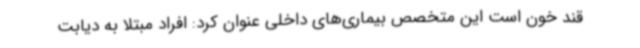
قند خون است این متخصص بیماری‌های داخلی عنوان کرد: افراد مبتلا به دیابت